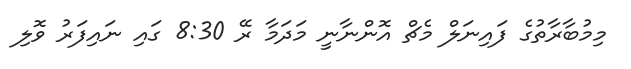
މިމުބާރާތުގެ ފައިނަލް މެޗް އޮންނާނީ މަދަމާ ރޭ 8:30 ގައި ނައިފަރު ވޮލި